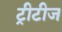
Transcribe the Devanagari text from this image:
ट्रीटीज